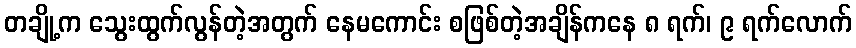
တချို့က သွေးထွက်လွန်တဲ့အတွက် နေမကောင်း စဖြစ်တဲ့အချိန်ကနေ ၈ ရက်၊ ၉ ရက်လောက်